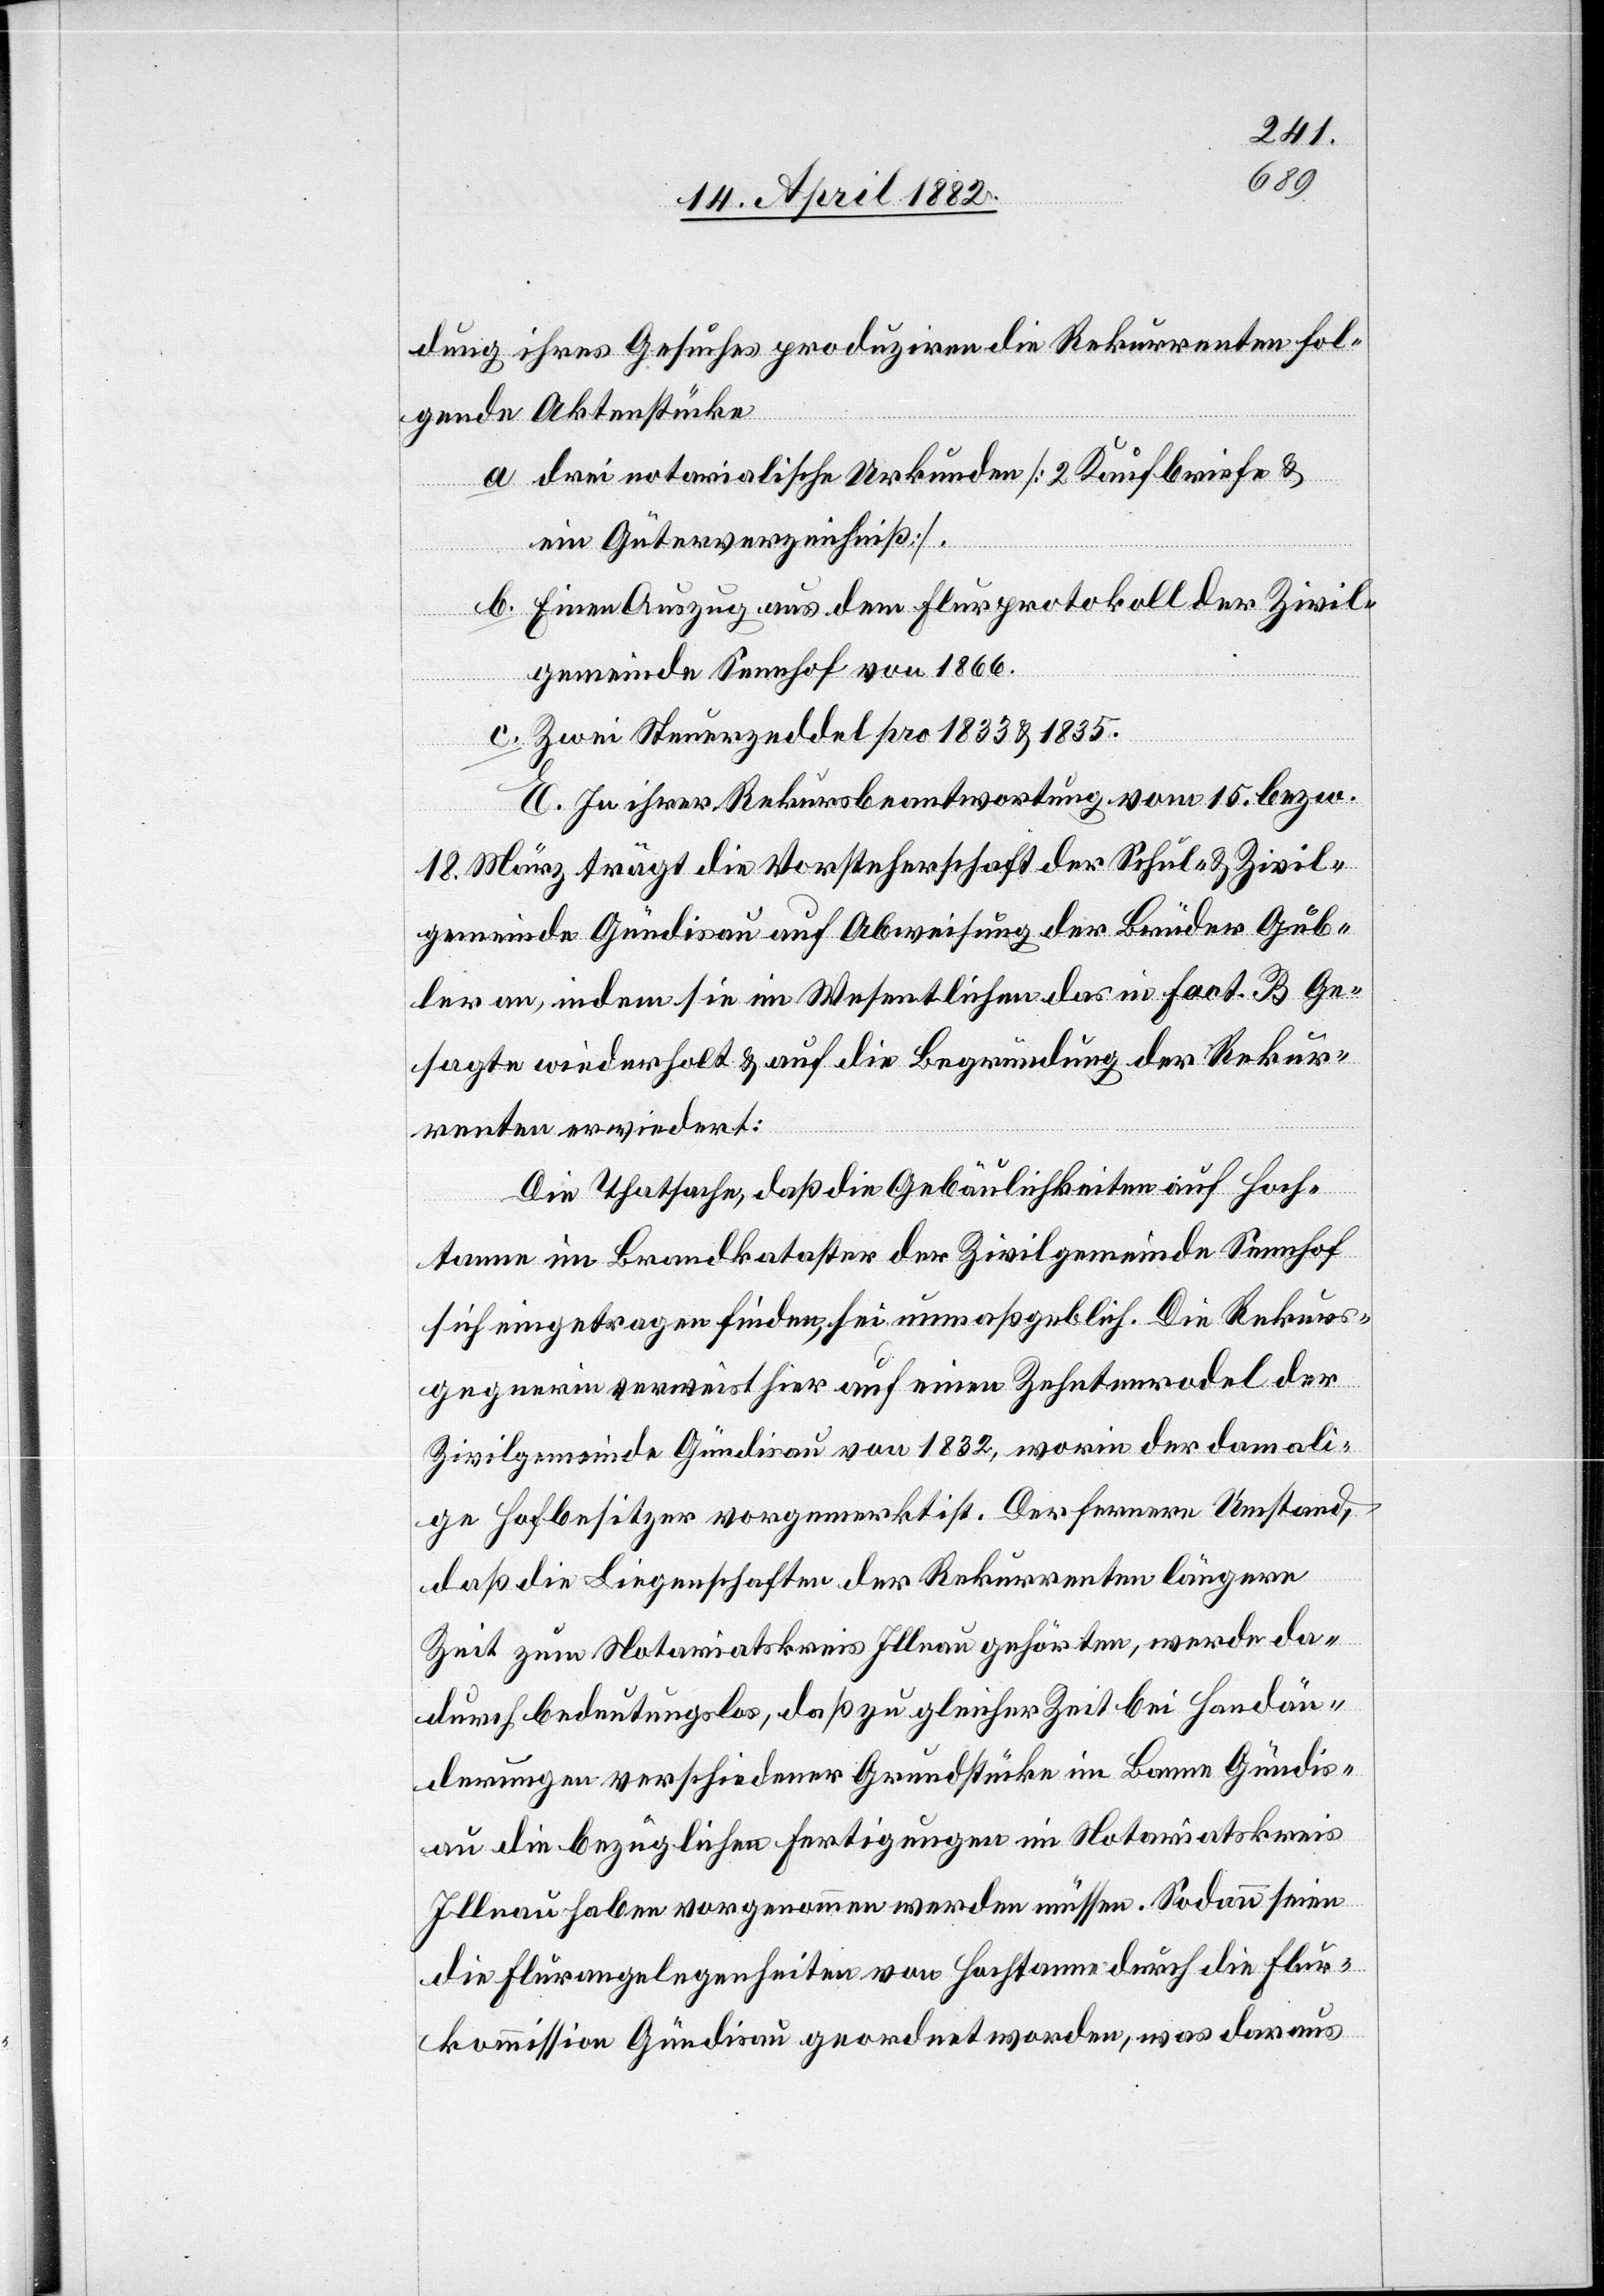
dung ihres Gesuches produziren die Rekurrenten fol¬
gende Aktenstücke
drei notarialische Urkunden [2 Kaufbriefe &
ein Güterverzeichniß].
Einen Auszug aus dem Flurprotokoll der Zivil¬
gemeinde Sennhof von 1866.
Zwei Steuerzeddel pro 1833 & 1835.
E. In ihrer Rekursbeantwortung vom 15. bezw.
18. März trägt die Vorsteherschaft der Schul- & Zivil¬
gemeinde Gündisau auf Abweisung der Brüder Gub¬
ler an, indem sie im Wesentlichen das in Fact. B Ge¬
sagte wiederholt & auf die Begründung der Rekur¬
renten erwiedert:
Die Thatsache, daß die Gebäulichkeiten auf Hoch¬
tanne im Brandkataster der Zivilgemeinde Sennhof
sich eingetragen finden, sei unmaßgeblich. Die Rekurs¬
gegnerin verweist hier auf einen Zehntenrodel der
Zivilgemeinde Gündisau von 1832, worin der damali¬
ge Hofbesitzer vorgemerkt ist. Der fernere Umstand,
daß die Liegenschaften der Rekurrenten längere
Zeit zum Notariatskreis Illnau gehörten, werde da¬
durch bedeutungslos, daß zu gleicher Zeit bei Handän¬
derungen verschiedener Grundstücke im Banne Gündis¬
au die bezüglichen Fertigungen im Notariatskreis
Illnau haben vorgenommen werden müssen. Sodann seien
die Flurangelegenheiten von Hochtanne durch die Flur¬
kommission Gündisau geordnet worden, was daraus